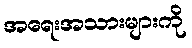
အရေးအသားများကို